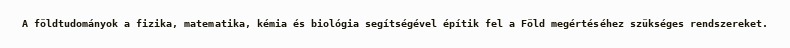
A földtudományok a fizika, matematika, kémia és biológia segítségével építik fel a Föld megértéséhez szükséges rendszereket.